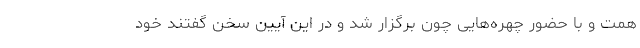
همت و با حضور چهره‌هایی چون برگزار شد و در این آیین سخن گفتند خود